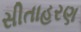
સીતાહરણ